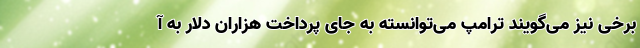
برخی نیز می‌گویند ترامپ می‌توانسته به جای پرداخت هزاران دلار به آ